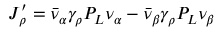
J _ { \rho } ^ { \prime } = \bar { \nu } _ { \alpha } \gamma _ { \rho } P _ { L } \nu _ { \alpha } - \bar { \nu } _ { \beta } \gamma _ { \rho } P _ { L } \nu _ { \beta }